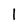
Character: 1